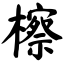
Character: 檫